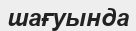
шағуында